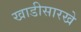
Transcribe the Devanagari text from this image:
खाडीसारखे